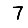
Digit: 7